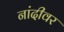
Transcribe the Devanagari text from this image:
नांदीवर